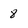
Character: 8